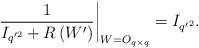
LaTeX: \begin{align*}\left.\frac{1}{I_{q'^{2}}+R\left(W'\right) }\right\vert_{ W= O_{q\times q}}=I_{{q'}^{2}}. \end{align*}